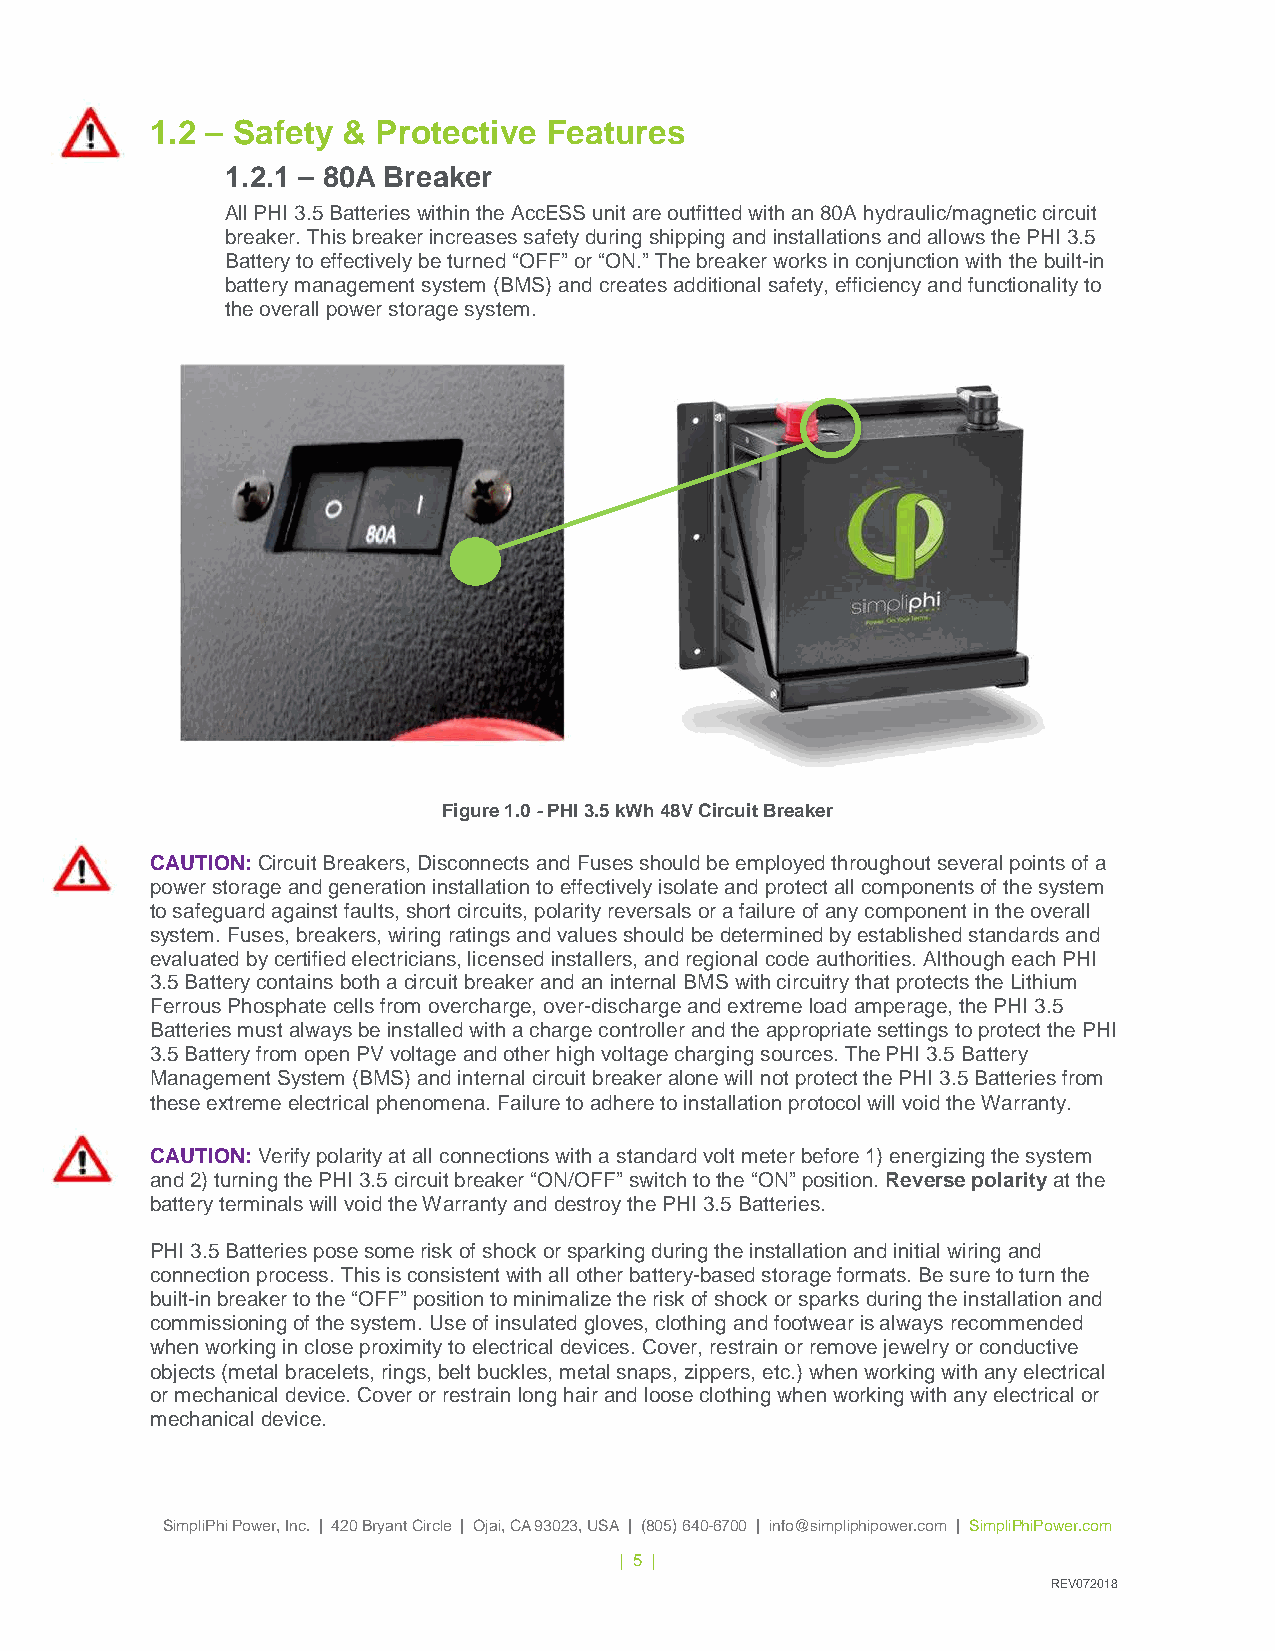
1.2 – Safety & Protective Features
 1.2.1 – 80A Breaker
 All PHI 3.5 Batteries within the AccESS unit are outfitted with an 80A hydraulic/magnetic circuit
 breaker. This breaker increases safety during shipping and installations and allows the PHI 3.5
 Battery to effectively be turned “OFF” or “ON.” The breaker works in conjunction with the built-in
 battery management system (BMS) and creates additional safety, efficiency and functionality to
 the overall power storage system.
 Figure 1.0 - PHI 3.5 kWh 48V Circuit Breaker
 CAUTION: Circuit Breakers, Disconnects and Fuses should be employed throughout several points of a
 power storage and generation installation to effectively isolate and protect all components of the system
 to safeguard against faults, short circuits, polarity reversals or a failure of any component in the overall
 system. Fuses, breakers, wiring ratings and values should be determined by established standards and
 evaluated by certified electricians, licensed installers, and regional code authorities. Although each PHI
 3.5 Battery contains both a circuit breaker and an internal BMS with circuitry that protects the Lithium
 Ferrous Phosphate cells from overcharge, over-discharge and extreme load amperage, the PHI 3.5
 Batteries must always be installed with a charge controller and the appropriate settings to protect the PHI
 3.5 Battery from open PV voltage and other high voltage charging sources. The PHI 3.5 Battery
 Management System (BMS) and internal circuit breaker alone will not protect the PHI 3.5 Batteries from
 these extreme electrical phenomena. Failure to adhere to installation protocol will void the Warranty.
 CAUTION: Verify polarity at all connections with a standard volt meter before 1) energizing the system
 and 2) turning the PHI 3.5 circuit breaker “ON/OFF” switch to the “ON” position. Reverse polarity at the
 battery terminals will void the Warranty and destroy the PHI 3.5 Batteries.
 PHI 3.5 Batteries pose some risk of shock or sparking during the installation and initial wiring and
 connection process. This is consistent with all other battery-based storage formats. Be sure to turn the
 built-in breaker to the “OFF” position to minimalize the risk of shock or sparks during the installation and
 commissioning of the system. Use of insulated gloves, clothing and footwear is always recommended
 when working in close proximity to electrical devices. Cover, restrain or remove jewelry or conductive
 objects (metal bracelets, rings, belt buckles, metal snaps, zippers, etc.) when working with any electrical
 or mechanical device. Cover or restrain long hair and loose clothing when working with any electrical or
 mechanical device.
 SimpliPhi Power, Inc. | 420 Bryant Circle | Ojai, CA 93023, USA | (805) 640-6700 | info@simpliphipower.com | SimpliPhiPower.com
 | 5 |
 REV072018